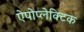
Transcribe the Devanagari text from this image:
ऐपोप्लेक्टिक